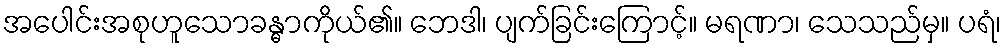
အပေါင်းအစုဟူသောခန္ဓာကိုယ်၏။ ဘေဒါ၊ ပျက်ခြင်းကြောင့်။ မရဏာ၊ သေသည်မှ။ ပရံ၊